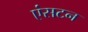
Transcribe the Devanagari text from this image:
एंसटन